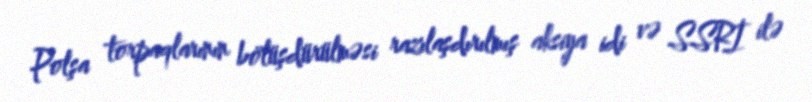
Polşa torpaqlarının bölüşdürülməsi razılaşdırılmış aksiya idi və SSRİ ilə